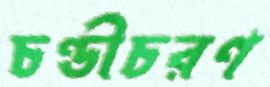
চণ্ডীচরণ